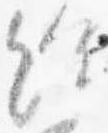
給